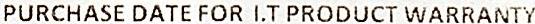
PURCHASE DATE FOR I.T PRODUCT WARRANTY